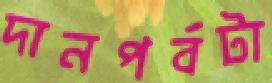
দানপর্বটা